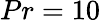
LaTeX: Pr=10